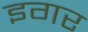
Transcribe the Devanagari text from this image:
इगर